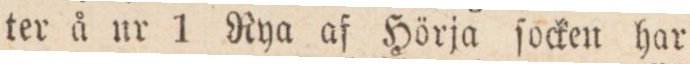
ter å nr 1 Rya af Hörja ſocken har